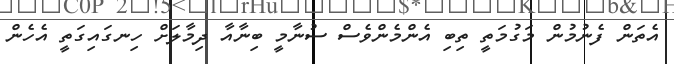
އެތަން ފެނުމުން މަގުމަތީ ތިބި އެންމެންވެސް ސުނާމީ ބިނާއާ ދިމާލަށް ހިނގައިގަތީ އެހެން